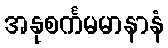
အနုစင်္ကမမာနာနံ